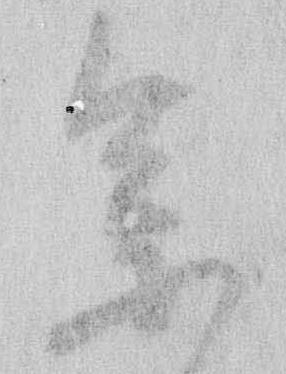
参